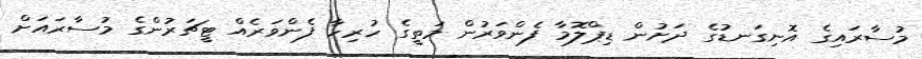
މުސާރައިގެ އޮނިގަނޑުގެ ދަށުން ޑިޕްލޮމާ ފެންވަރުން މަތީގެ ހުރިހާ ފެންވަރެއް ޓީޗަރުންގެ މުސާރައަށް